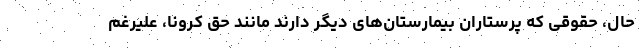
حال، حقوقی که پرستاران بیمارستان‌های دیگر دارند مانند حق کرونا، علیرغم